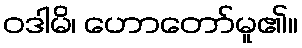
ဝဒါမိ၊ ဟောတော်မူ၏။